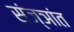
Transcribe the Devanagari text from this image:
संज्ञांत